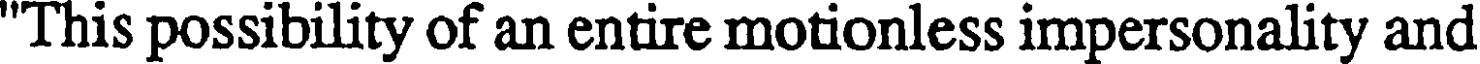
"This possibility of an entire motionless impersonality and